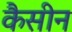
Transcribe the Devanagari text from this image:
कैसीन